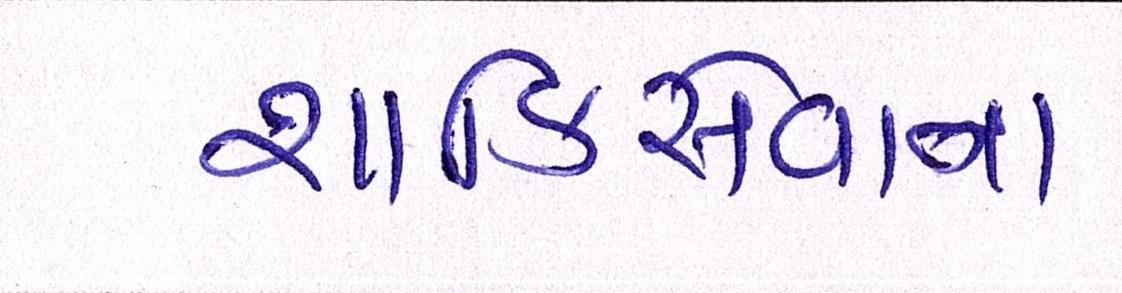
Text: શાકિરોવાનો